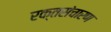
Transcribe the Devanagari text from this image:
रक्तसंचारण